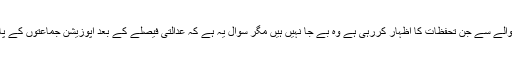
پیپلز پارٹی جے آئی ٹی کے حوالے سے جن تحفظات کا اظہار کررہی ہے وہ بے جا نہیں ہیں مگر سوال یہ ہے کہ عدالتی فیصلے کے بعد اپوزیشن جماعتوں کے پاس قانونی آپشنز کیا بچے ہیں؟